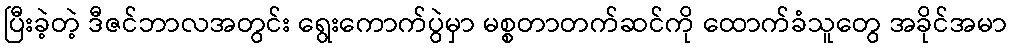
ပြီးခဲ့တဲ့ ဒီဇင်ဘာလအတွင်း ရွေးကောက်ပွဲမှာ မစ္စတာတက်ဆင်ကို ထောက်ခံသူတွေ အခိုင်အမာ